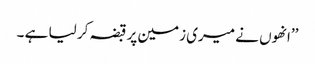
’’انھوں نے میری زمین پر قبضہ کر لیا ہے ۔